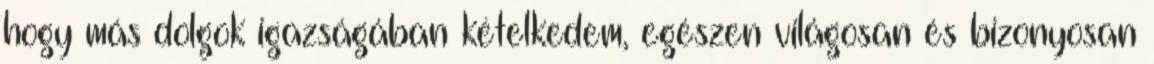
hogy más dolgok igazságában kételkedem, egészen világosan és bizonyosan